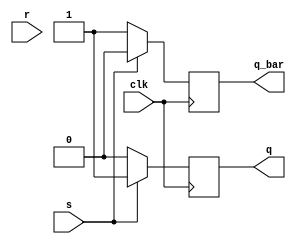
module rs_ff(q,q_bar,s,r,clk);

input s,r,clk;
output reg q,q_bar;

always@(posedge clk) begin
    if (s==0) begin
        q<=0; q_bar<=1;
    end
    else begin
        q<=1; q_bar<=0;
    end
end
endmodule